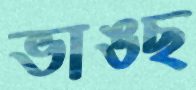
ভাঙছ